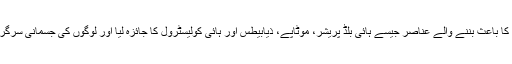
اس تحقیق کے دوران محققین نے رضاکاروں میں امراض قلب کا باعث بننے والے عناصر جیسے ہائی بلڈ پریشر، موٹاپے، ذیابیطس اور ہائی کولیسٹرول کا جائزہ لیا اور لوگوں کی جسمانی سرگرمیوں سے اس پر مرتب ہونے والے مثبت اثرات کو دیکھا گیا۔